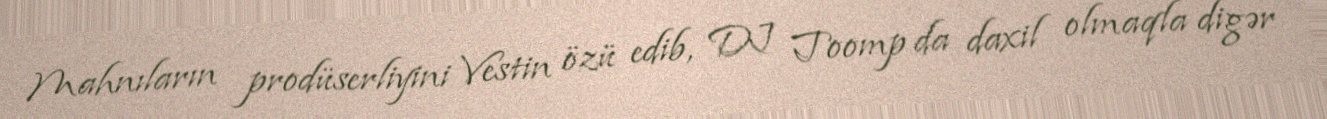
Mahnıların prodüserliyini Vestin özü edib, DJ Toomp da daxil olmaqla digər